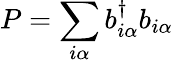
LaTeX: P=\sum_{i\alpha}b_{i\alpha}^{\dagger}b_{i\alpha}